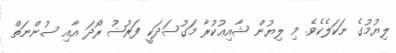
ލިޔުމުގެ ނަކަލެކެވެ. މި ލިޔުން ޝާއިޢުކުރާ މަގުސަދަކީ ފަރުޟު ރޯދަ އާއި ސުންނަތް